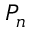
P _ { n }